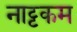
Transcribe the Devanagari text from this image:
नाट्टकम